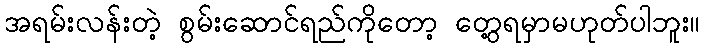
အရမ်းလန်းတဲ့ စွမ်းဆောင်ရည်ကိုတော့ တွေ့ရမှာမဟုတ်ပါဘူး။